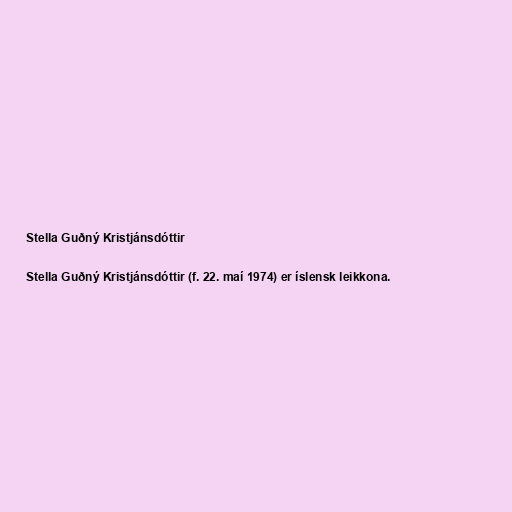
Stella Guðný Kristjánsdóttir

Stella Guðný Kristjánsdóttir (f. 22. maí 1974) er íslensk leikkona.